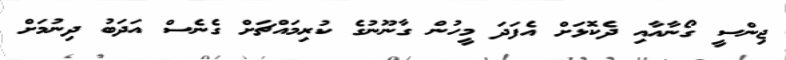
ޖިންސީ ގޯނާއާއި ދެކޮޅަށް އެފަދަ މީހުން ގާނޫނުގެ ކުރިމައްޗަށް ގެނެސް އަދަބު ދިނުމަށް